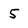
Character: 5